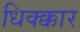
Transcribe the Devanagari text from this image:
धिक्क्कार